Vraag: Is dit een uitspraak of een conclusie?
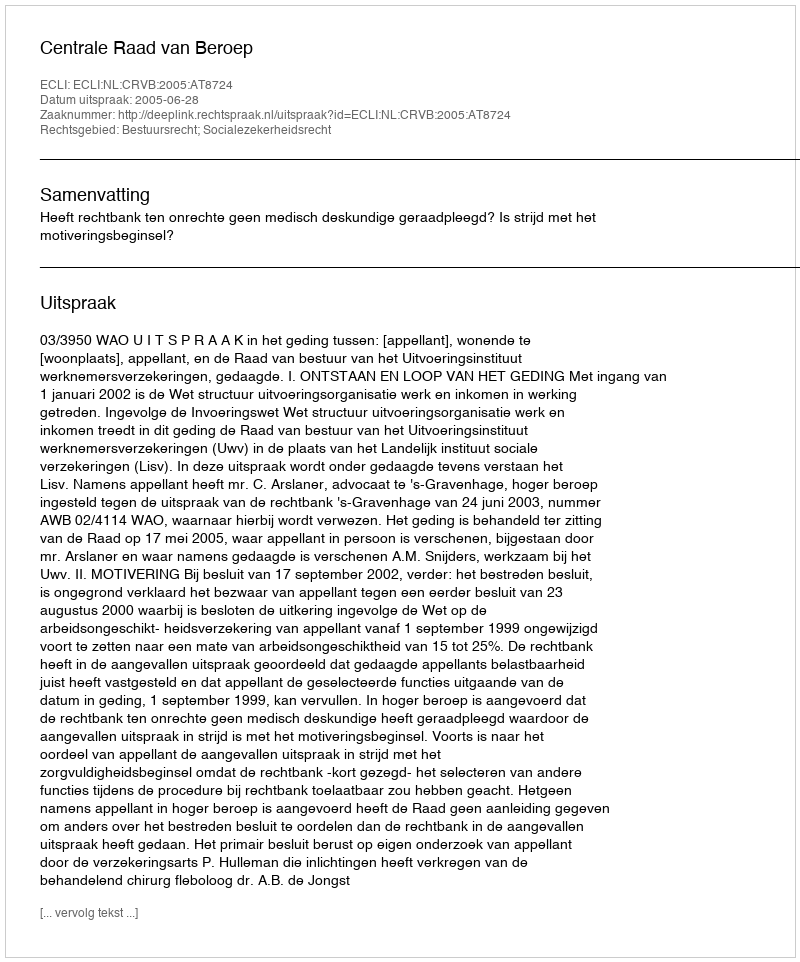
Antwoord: Uitspraak